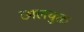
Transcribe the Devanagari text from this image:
छालयुक्त